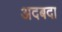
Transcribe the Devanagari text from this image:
अदबदा